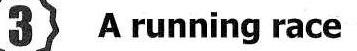
3 A running race